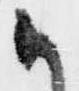
候